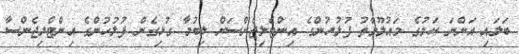
ބަލައި އަންނަ ކަމުގެ މައުލޫމާތު ފުލުހުންގެ އިންޓެލިޖެންސަށް ލިބުމާ ގުޅިގެން ފުލުހުންގެ އިންޓެލިޖެންސާ